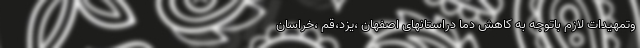
وتمهیدات لازم باتوجه به کاهش دما دراستانهای اصفهان ،یزد،قم ،خراسان